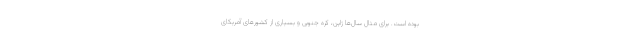
بوده است. برای مثال سال‌ها ژاپن، کره جنوبی و بسیاری از کشورهای آمریکای